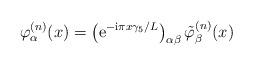
LaTeX: \begin{align*}\varphi_{\alpha}^{(n)}(x) = \left({\rm e}^{-{\rm i} \pi x \gamma_5/L}\right)_{\alpha \beta}\tilde{\varphi}^{(n)}_{\beta}(x)\end{align*}